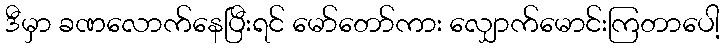
ဒီမှာ ခဏလောက်နေပြီးရင် မော်တော်ကား လျှောက်မောင်းကြတာပေါ့